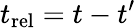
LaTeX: t_{\textrm{rel}}=t-t^{\prime}